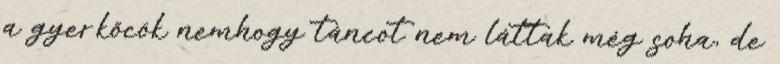
a gyerkőcök nemhogy táncot nem láttak még soha, de